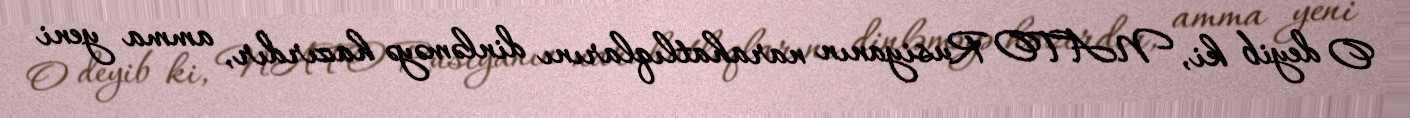
O deyib ki, NATO Rusiyanın narahatlıqlarını dinləməyə hazırdır, amma yeni